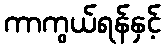
ကာကွယ်ရန်နှင့်